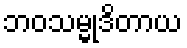
ဘဝသမ္မုဒိတာယ